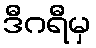
ဒီဂရီမှ